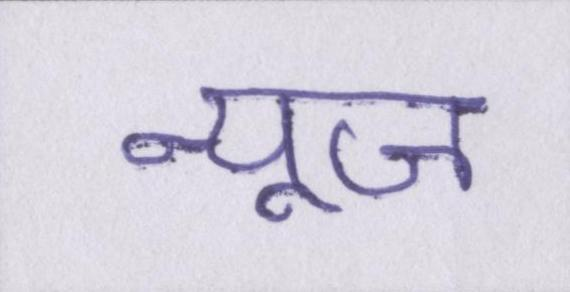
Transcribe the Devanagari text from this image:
न्यूज